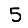
Digit: 5